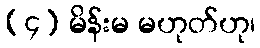
(၄) မိန်းမ မဟုတ်ဟု၊